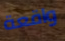
واقعة